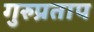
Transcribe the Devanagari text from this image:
गुरुप्रताप